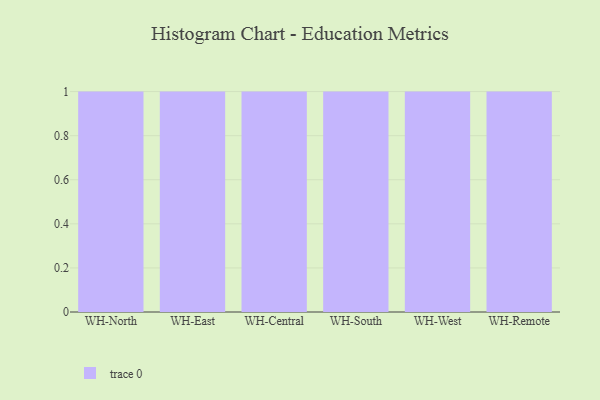
{"axis": {"x": "Warehouse", "y": "Operating Costs (USD K)"}, "legend": [""], "data": [{"x": "WH-North", "y": 93, "type": ""}, {"x": "WH-East", "y": 9, "type": ""}, {"x": "WH-Central", "y": 67, "type": ""}, {"x": "WH-South", "y": 38, "type": ""}, {"x": "WH-West", "y": 78, "type": ""}, {"x": "WH-Remote", "y": 30, "type": ""}]}